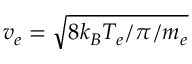
v _ { e } = \sqrt { 8 k _ { B } T _ { e } / \pi / m _ { e } }